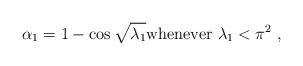
LaTeX: \begin{align*}\alpha_1=1-\cos\sqrt{\lambda_1}\hbox{whenever }\lambda_1< \pi^2\ ,\end{align*}